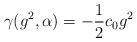
LaTeX: \begin{align*}\gamma(g^2,\alpha) = -\frac{1}{2}c_0g^2\end{align*}